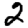
Digit: 2